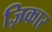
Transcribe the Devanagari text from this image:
ज़िकार